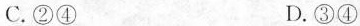
C.②④ D.③④